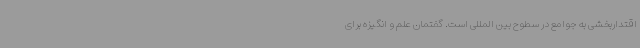
اقتداربخشی به جوامع در سطوح بین المللی است. گفتمان علم و انگیزه برای